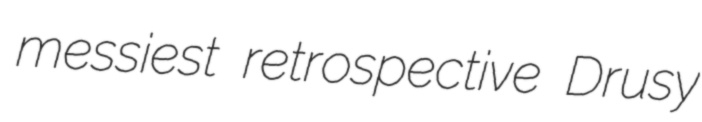
messiest retrospective Drusy